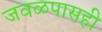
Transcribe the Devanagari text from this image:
जवळपासही